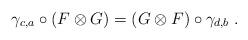
LaTeX: \begin{align*}\gamma_{c,a}\circ (F\otimes G) = (G\otimes F)\circ \gamma_{d,b}\;.\end{align*}